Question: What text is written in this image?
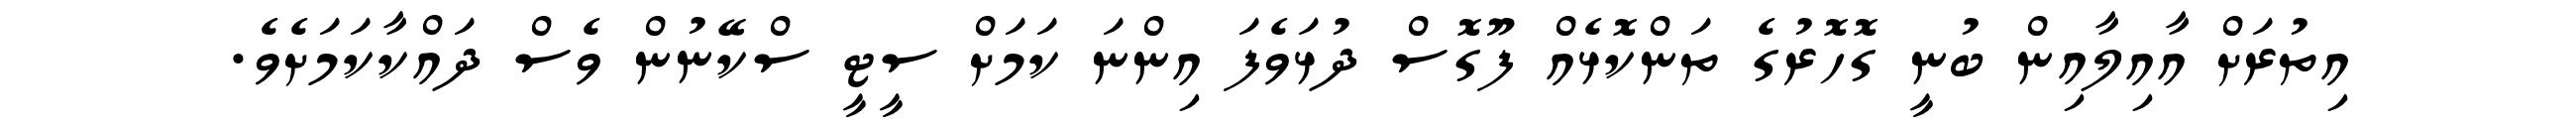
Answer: އިތުރަށް އާއިލާއިން ބުނީ ގޮހޮރުގެ ތަންކޮޅެއް ފޫގޮސް ދުޅަވެފަ އިންނަ ކަމަށް ސީޓީ ސްކޭނުން ވެސް ދައްކާކަމަށެވެ.